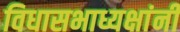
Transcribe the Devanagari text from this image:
विधासभाध्यक्षांनी